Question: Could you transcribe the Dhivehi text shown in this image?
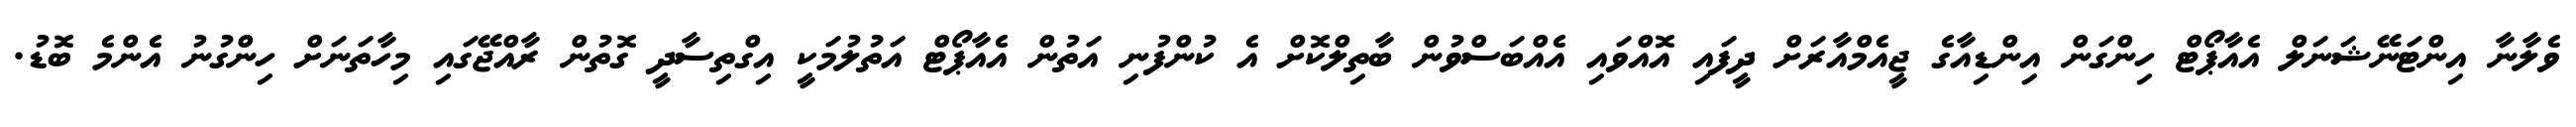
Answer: ވެލާނާ އިންޓަނޭޝަނަލް އެއާޕޯޓް ހިންގަން އިންޑިއާގެ ޖީއެމްއާރަށް ދީފައި އޮއްވައި އެއްބަސްވުން ބާތިލްކޮށް އެ ކުންފުނި އަތުން އެއާޕޯޓް އަތުލުމަކީ އިގްތިސާދީ ގޮތުން ރާއްޖޭގައި މިހާތަނަށް ހިންގުނު އެންމެ ބޮޑު.